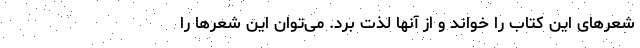
شعرهای این کتاب را خواند و از آنها لذّت برد. می‌توان این شعرها را